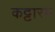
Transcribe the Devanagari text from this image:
कट्टारम